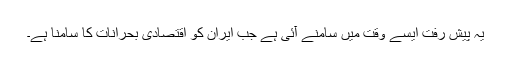
یہ پیش رفت ایسے وقت میں سامنے آئی ہے جب ایران کو اقتصادی بحرانات کا سامنا ہے۔